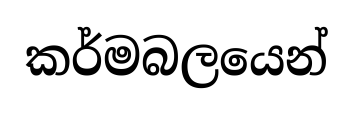
කර්මබලයෙන්